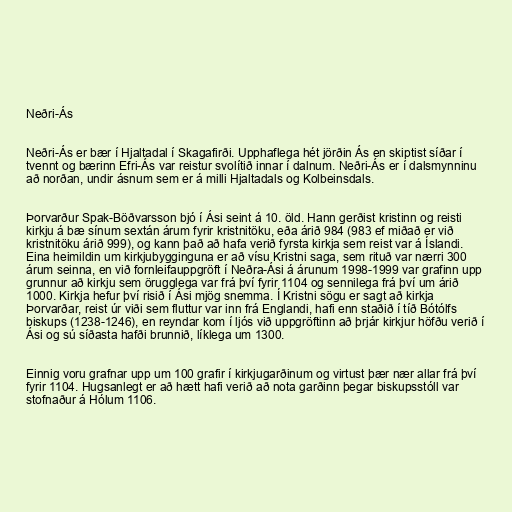
Neðri-Ás

Neðri-Ás er bær í Hjaltadal í Skagafirði. Upphaflega hét jörðin Ás en skiptist síðar í
tvennt og bærinn Efri-Ás var reistur svolítið innar í dalnum. Neðri-Ás er í dalsmynninu
að norðan, undir ásnum sem er á milli Hjaltadals og Kolbeinsdals.

Þorvarður Spak-Böðvarsson bjó í Ási seint á 10. öld. Hann gerðist kristinn og reisti
kirkju á bæ sínum sextán árum fyrir kristnitöku, eða árið 984 (983 ef miðað er við
kristnitöku árið 999), og kann það að hafa verið fyrsta kirkja sem reist var á Íslandi.
Eina heimildin um kirkjubygginguna er að vísu Kristni saga, sem rituð var nærri 300
árum seinna, en við fornleifauppgröft í Neðra-Ási á árunum 1998-1999 var grafinn upp
grunnur að kirkju sem örugglega var frá því fyrir 1104 og sennilega frá því um árið
1000. Kirkja hefur því risið í Ási mjög snemma. Í Kristni sögu er sagt að kirkja
Þorvarðar, reist úr viði sem fluttur var inn frá Englandi, hafi enn staðið í tíð Bótólfs
biskups (1238-1246), en reyndar kom í ljós við uppgröftinn að þrjár kirkjur höfðu verið í
Ási og sú síðasta hafði brunnið, líklega um 1300.

Einnig voru grafnar upp um 100 grafir í kirkjugarðinum og virtust þær nær allar frá því
fyrir 1104. Hugsanlegt er að hætt hafi verið að nota garðinn þegar biskupsstóll var
stofnaður á Hólum 1106.